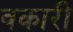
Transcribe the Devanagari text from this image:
वकारी